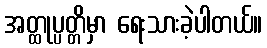
အတ္ထုပ္ပတ္တိမှာ ရေးသားခဲ့ပါတယ်။